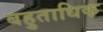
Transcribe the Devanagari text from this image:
बहुताधिक